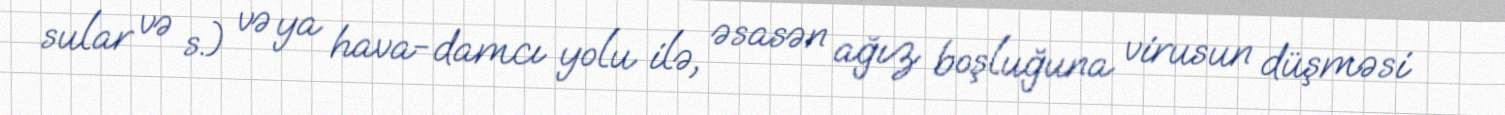
sular və s.) və ya hava-damcı yolu ilə, əsasən ağız boşluğuna virusun düşməsi